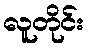
လူတိုင်း